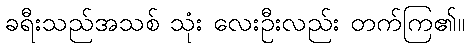
ခရီးသည်အသစ် သုံး လေးဦးလည်း တက်ကြ၏။